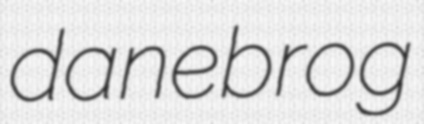
danebrog